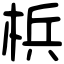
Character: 梹